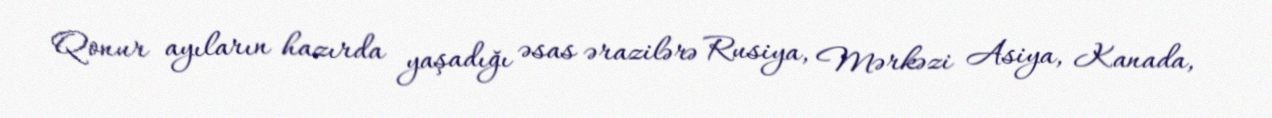
Qonur ayıların hazırda yaşadığı əsas ərazilərə Rusiya, Mərkəzi Asiya, Kanada,